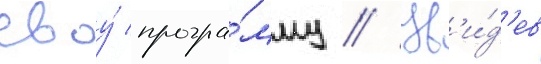
своу́ програ́мму // Ув'и́д'ев